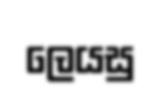
ලෙයසු